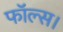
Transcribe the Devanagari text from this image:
फॉल्स।